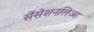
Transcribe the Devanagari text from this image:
सेंसेशनलिज्म